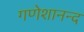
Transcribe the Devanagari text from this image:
गणेशानन्द